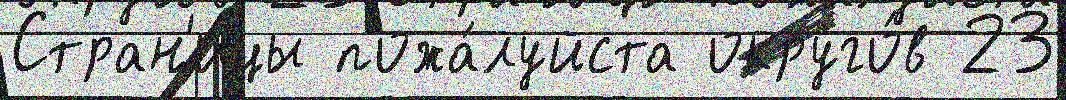
Стран'и́цы пожа́луйста округо́в 23